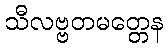
သီလဗ္ဗတမတ္တေန